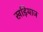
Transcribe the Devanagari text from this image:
खड़ियाज